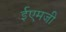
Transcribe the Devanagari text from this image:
ईएमजी